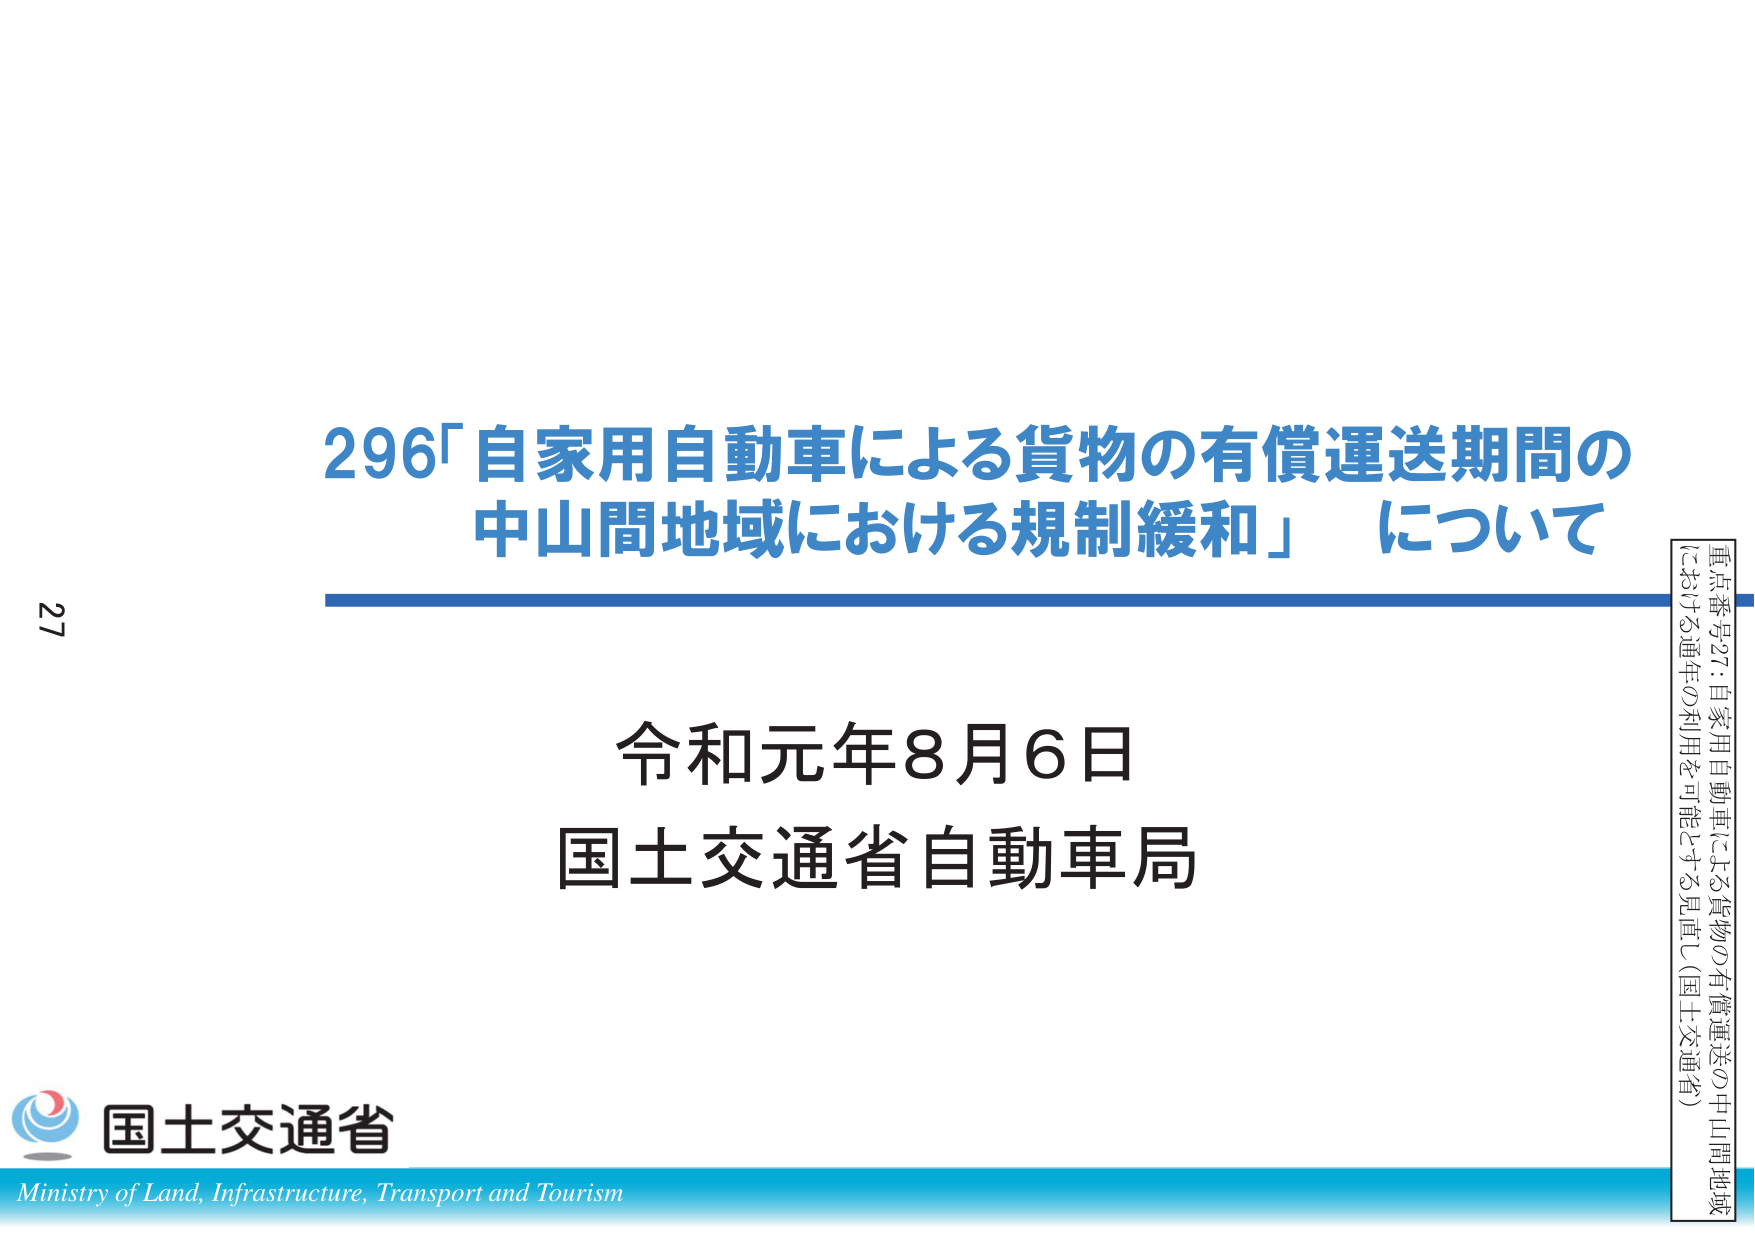
296「自家用自動車による貨物の有償運送期間の
中山間地域における規制緩和」について

令和元年8月6日
国土交通省自動車局

国土交通省
Ministry of Land, Infrastructure, Transport and Tourism

重点番号27：自家用自動車による貨物の有償運送の中山間地域
における通年の利用を可能とする見直し（国土交通省）

27